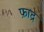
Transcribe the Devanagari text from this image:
फ़ाद्र